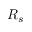
R _ { s }